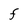
Character: F